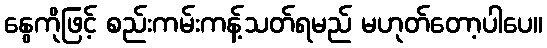
နွေကိုဖြင့် စည်းကမ်းကန့်သတ်ရမည် မဟုတ်တော့ပါပေ။